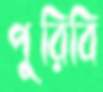
পুরিবি